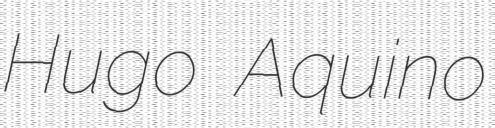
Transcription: Hugo Aquino